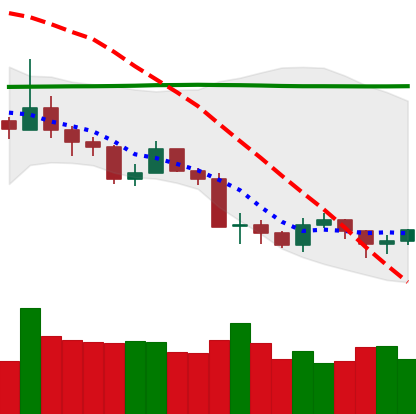
Ticker: LTC-USD
Chart end date: 2019-08-23
Forward return: -10.58%
Label: down_7plus